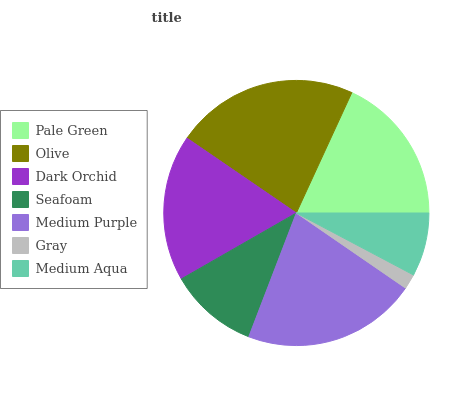
| Pale Green | Olive | Dark Orchid | Seafoam | Medium Purple | Gray | Medium Aqua |
 | --- | --- | --- | --- | --- | --- | --- |
 | 18.2% | 22.3% | 17.8% | 10.9% | 21.2% | 1.85% | 7.76% |